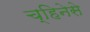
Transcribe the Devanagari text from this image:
च्हिनेसे